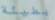
بطيئة